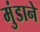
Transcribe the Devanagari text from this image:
मुंडाने